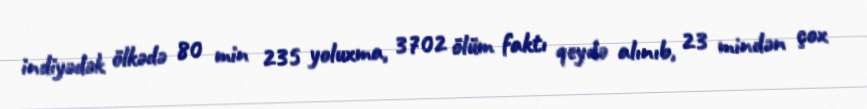
indiyədək ölkədə 80 min 235 yoluxma, 3702 ölüm faktı qeydə alınıb, 23 mindən çox